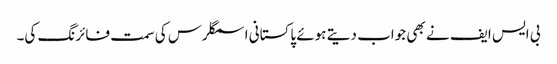
بی ایس ایف نے بھی جواب دیتے ہوئے پاکستانی اسمگلرس کی سمت فائرنگ کی۔